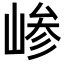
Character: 𫶅